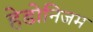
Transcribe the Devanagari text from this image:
हेडोनिजम